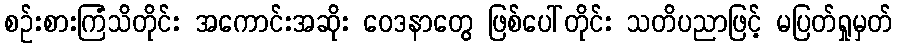
စဉ်းစားကြံသိတိုင်း အကောင်းအဆိုး ဝေဒနာတွေ ဖြစ်ပေါ်တိုင်း သတိပညာဖြင့် မပြတ်ရှုမှတ်